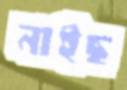
নাইছ